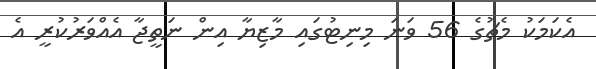
އެކަމަކު މެޗުގެ 56 ވަނަ މިނިޓުގައި މާޒިޔާ އިން ނަތީޖާ އެއްވަރުކުރީ އެ